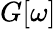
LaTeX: G[\omega]